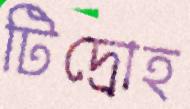
টিদ্রোহ